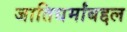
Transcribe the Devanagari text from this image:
जातिधर्मांबद्दल